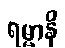
ရမ္မာနိ